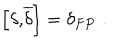
\left[ \delta \mathrm { { , } \overline { { { \ d e l t a } } } } \right] = \delta _ { F P } \; .